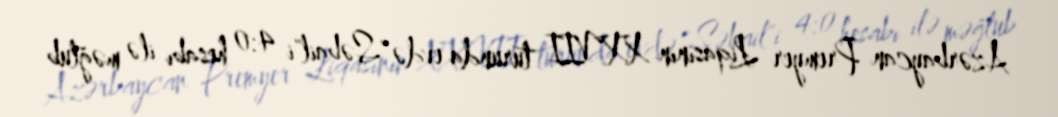
Azərbaycan Premyer Liqasının XXVII turunda evdə "Səbail"i 4:0 hesabı ilə məğlub